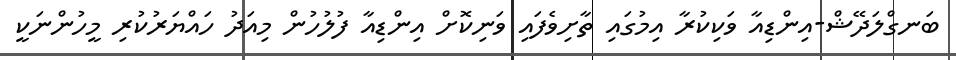
ބަނގްލަދޭޝް-އިންޑިއާ ވަކިކުރާ އިމުގައި ތާށިވެފައި ވަނިކޮށް އިންޑިއާ ފުލުހުން މިއަދު ހައްޔަރުކުރި މީހުންނަކީ